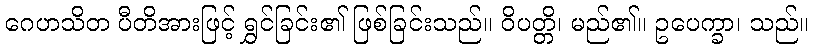
ဂေဟသိတ ပီတိအားဖြင့် ရွှင်ခြင်း၏ ဖြစ်ခြင်းသည်။ ဝိပတ္တိ၊ မည်၏။ ဥပေက္ခာ၊ သည်။